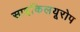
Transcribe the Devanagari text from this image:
साइकिलयूरोप